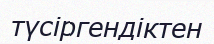
түсіргендіктен